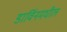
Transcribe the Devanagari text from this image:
डार्विनमधील